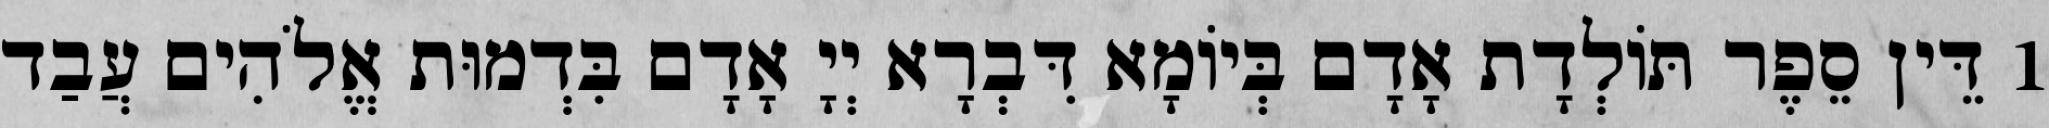
1 דֵּין סֵפֶר תּוֹלְדָת אָדָם בְּיוֹמָא דִּבְרָא יְיָ אָדָם בִּדְמוּת אֱלֹהִים עֲבַד